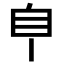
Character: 𦣺